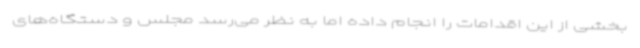
بخشی از این اقدامات را انجام داده اما به نظر می‌رسد مجلس و دستگاه‌های